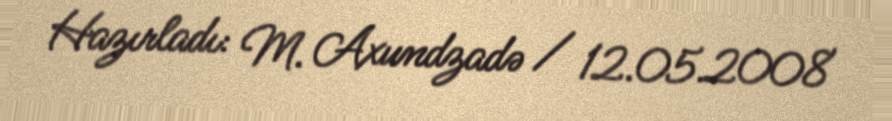
Hazırladı: M. Axundzadə / 12.05.2008